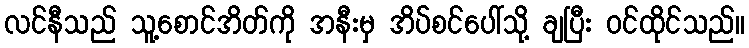
လင်နီသည် သူ့စောင်အိတ်ကို အနီးမှ အိပ်စင်ပေါ်သို့ ချပြီး ဝင်ထိုင်သည်။